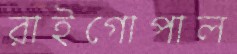
রাইগোপাল